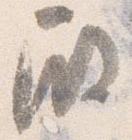
殿